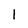
Character: 1